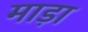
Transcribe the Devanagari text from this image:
माड़ा